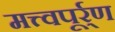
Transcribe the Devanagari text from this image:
मत्त्वपूर्र्ण